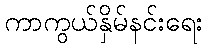
ကာကွယ်နှိမ်နင်းရေး